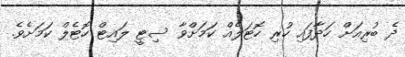
ދެ ބުރިއަށް ހަދާފައި ހުރި ހޮޓަލެއް ކަމަށްވާ ސިޓީ ލައިޓް ހޮޓެލް ކަމަށެވެ.